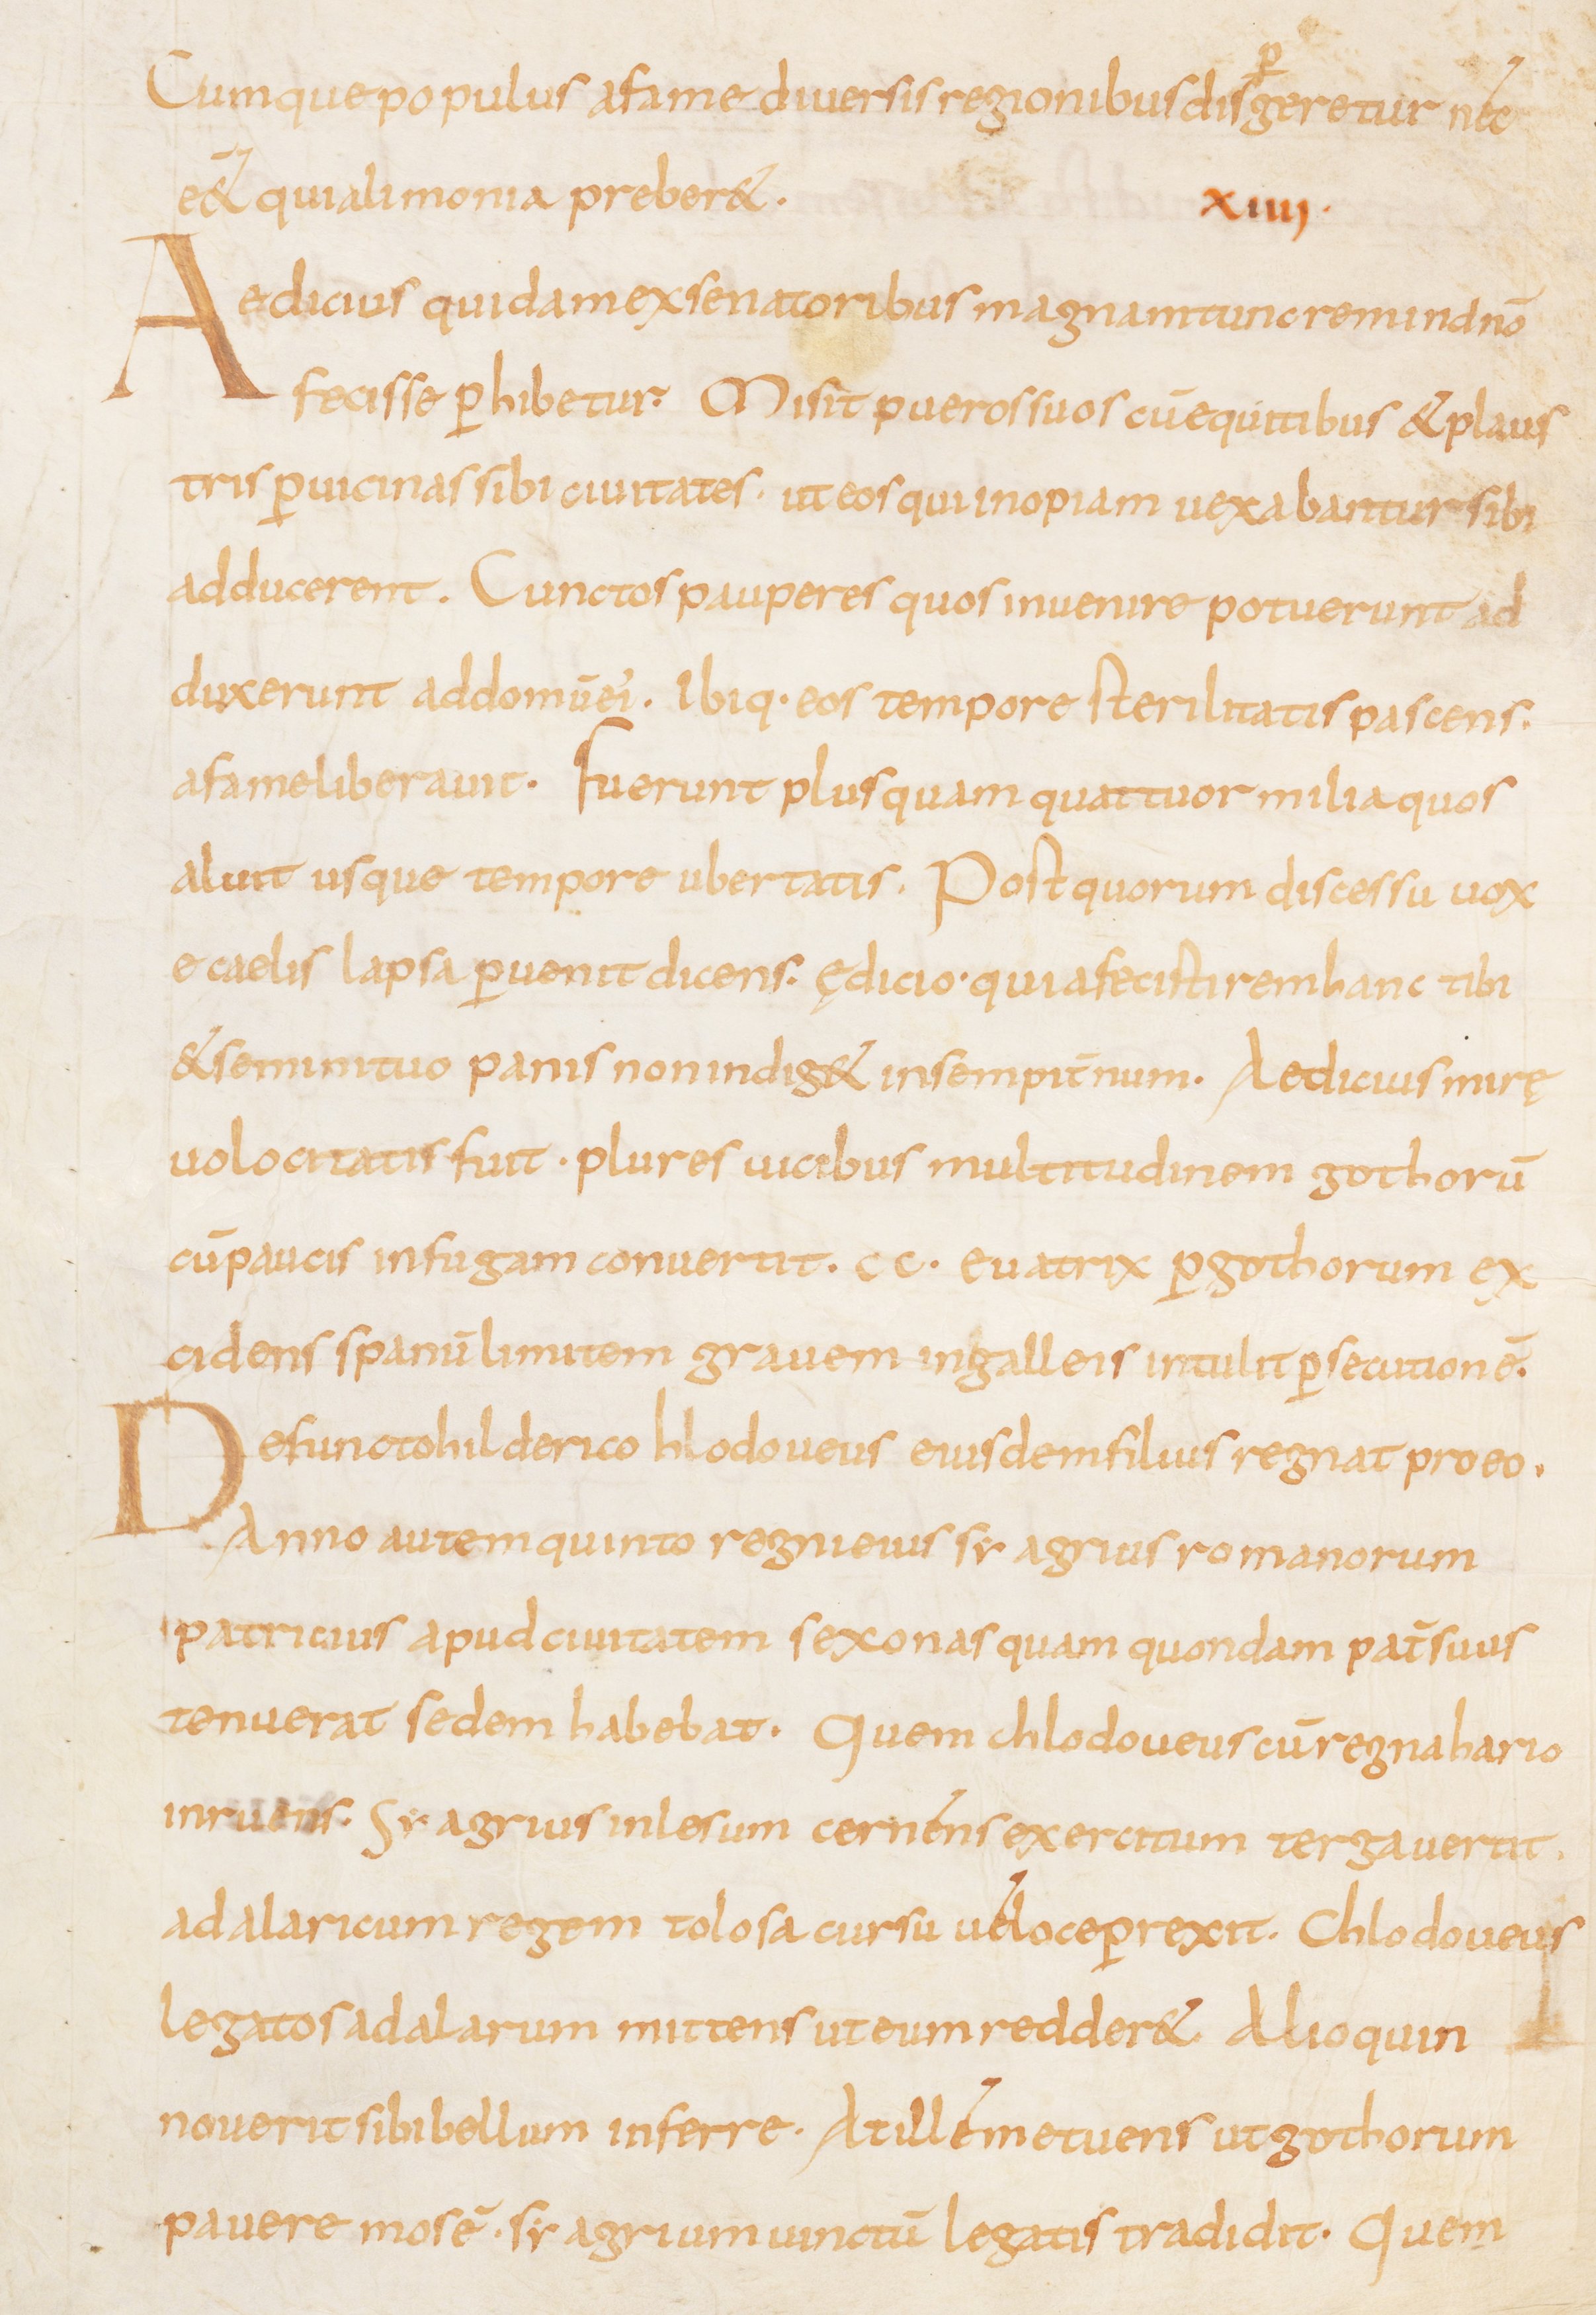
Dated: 815–845